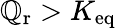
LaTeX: \mathbb{Q}_{\mathrm{{r}}}>K_{\mathrm{{eq}}}